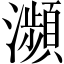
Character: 瀕